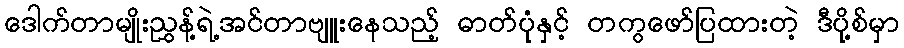
ဒေါက်တာမျိုးညွှန့်ရဲ့အင်တာဗျူးနေသည့် ဓာတ်ပုံနှင့် တကွဖော်ပြထားတဲ့ ဒီပို့စ်မှာ